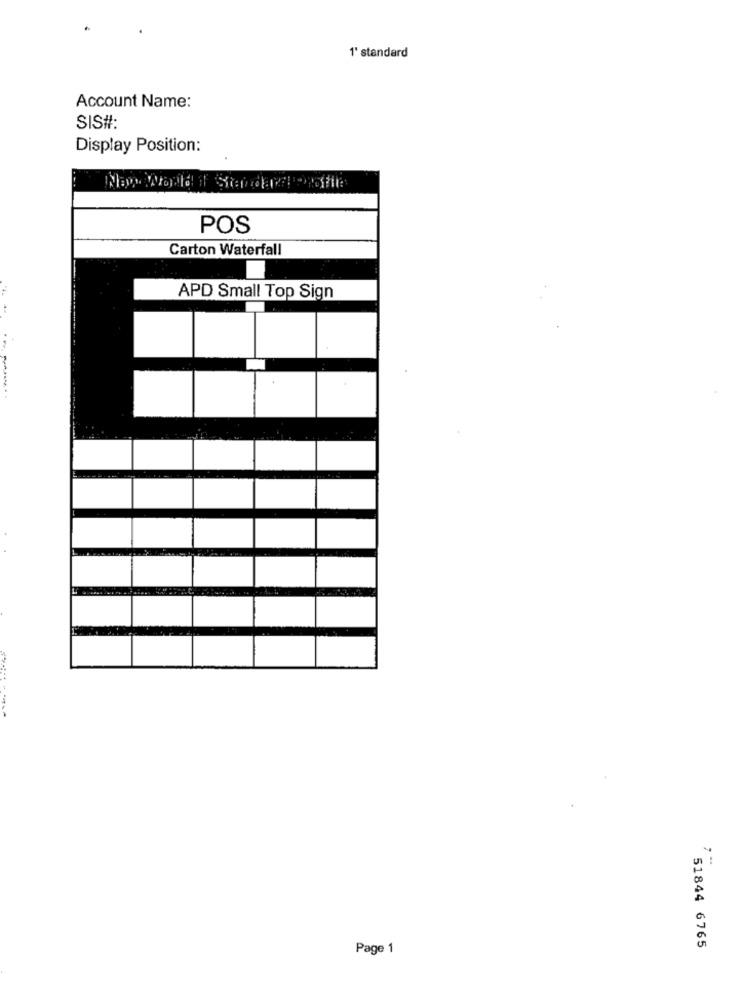
1' standard
Account Name:
SIS#:
Display Position:
POS
Carton Waterfall
APD Small Top Sign
!
51844 6765
Page 1